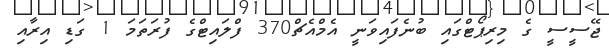
ޖޭސީސީ ގެ މިރިޕޯޓްގައި ބުނެފައިވަނީ އެމްއެޗް370 ފްލައިޓްގެ ފުރަތަމަ 1 ގަޑި އިރާއި